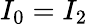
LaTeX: I_{0}=I_{2}